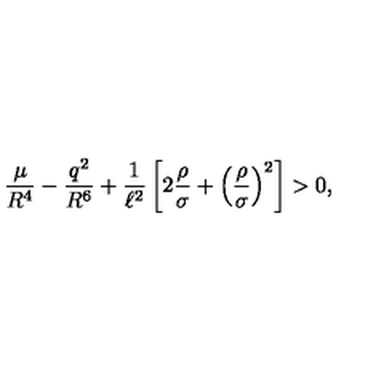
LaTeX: \frac { \mu } { R ^ { 4 } } - \frac { q ^ { 2 } } { R ^ { 6 } } + \frac { 1 } { \ell ^ { 2 } } \left[ 2 \frac { \rho } { \sigma } + \left( \frac { \rho } { \sigma } \right) ^ { 2 } \right] > 0 ,